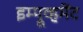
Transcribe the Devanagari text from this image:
इम्प्रूव्हमेंट